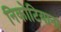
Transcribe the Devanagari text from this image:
निकोटियाना